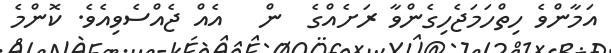
އަމާންވެ ހިތްހަމަޖެހިގެންވާ ރަށެއްގެ  ން   އެއް ޖެއްސެވިއެވެ. ކޮންމެ